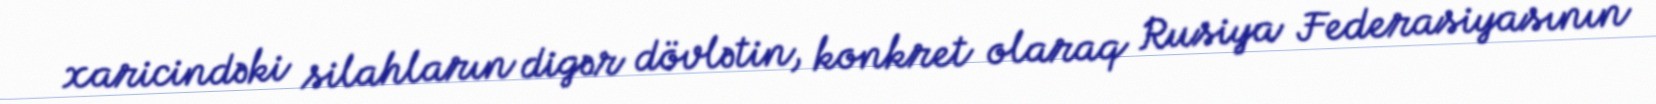
xaricindəki silahların digər dövlətin, konkret olaraq Rusiya Federasiyasının